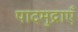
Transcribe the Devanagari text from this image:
पादमुद्राएँ